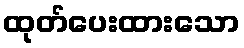
ထုတ်ပေးထားသော